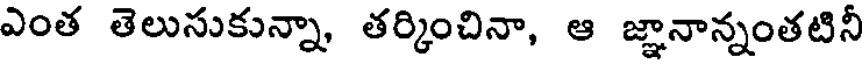
ఎంత తెలుసుకున్నా తర్కించినా, ఆ జ్ఞానాన్నంతటినీ